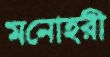
মনোহরী